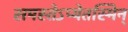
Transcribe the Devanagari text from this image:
समस्तेऽप्येतस्मिन्